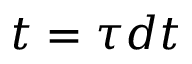
t = \tau d t